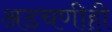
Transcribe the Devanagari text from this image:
अडचणीही